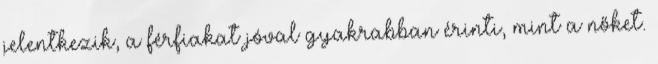
jelentkezik, a férfiakat jóval gyakrabban érinti, mint a nőket.